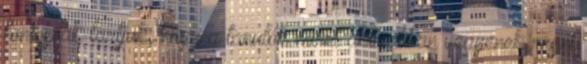
fontosnak tartjuk, hogy a tanulók minél aktívabban vegyenek részt